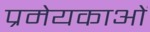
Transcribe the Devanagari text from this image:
प्रमेयकाओं